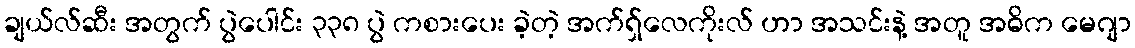
ချယ်လ်ဆီး အတွက် ပွဲပေါင်း ၃၃၈ ပွဲ ကစားပေး ခဲ့တဲ့ အက်ရှ်လေကိုးလ် ဟာ အသင်းနဲ့ အတူ အဓိက မေဂျာ